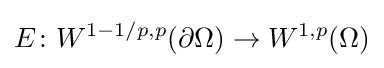
E\colon W^{1-1/p,p}(\partial \Omega )\to W^{1,p}(\Omega )